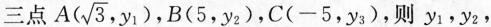
三点 A(\sqrt{3},y_{1}) ，B(5，y_{2})，C(-5，y_{3})，则y_{1}，y_{2}，